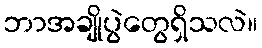
ဘာအချိုပွဲတွေရှိသလဲ။